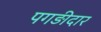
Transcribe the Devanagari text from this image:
पगड़ीदार